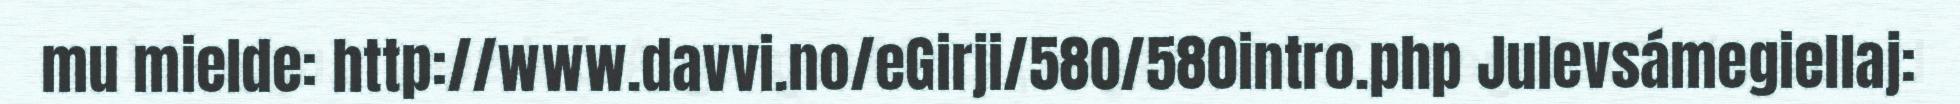
mu mielde: http://www.davvi.no/eGirji/580/580intro.php Julevsámegiellaj: